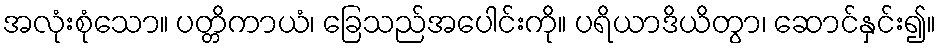
အလုံးစုံသော။ ပတ္တိကာယံ၊ ခြေသည်အပေါင်းကို။ ပရိယာဒိယိတွာ၊ ဆောင်နှင်း၍။